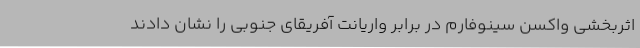
اثربخشی واکسن سینوفارم در برابر واریانت آفریقای جنوبی را نشان دادند